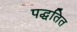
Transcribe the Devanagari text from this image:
पद्धतित